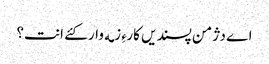
اے دژمن پسندیں کارءِ زمه وار کئے انت؟